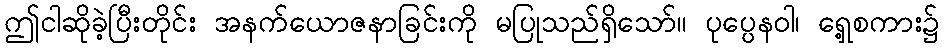
ဤငါဆိုခဲ့ပြီးတိုင်း အနက်ယောဇနာခြင်းကို မပြုသည်ရှိသော်။ ပုပ္ပေနဝါ၊ ရှေ့စကား၌